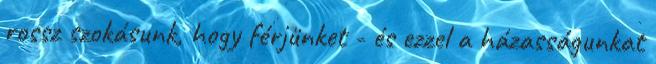
rossz szokásunk, hogy férjünket - és ezzel a házasságunkat